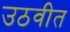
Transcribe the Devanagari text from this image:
उठवीत